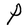
Character: P